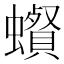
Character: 𧓩